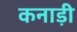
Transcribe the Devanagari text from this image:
कनाड़ी